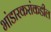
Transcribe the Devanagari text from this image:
भांडारकरांकडील